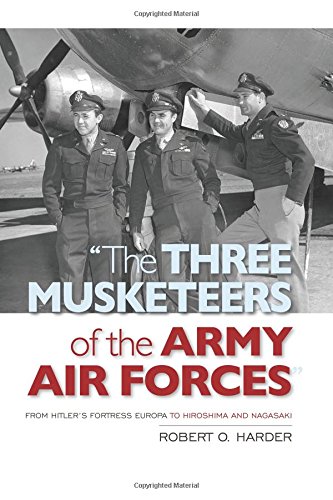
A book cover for "The Three Musketeers of the Army Air Forces": From Hitler's Fortress Europa to Hiroshima and Nagasaki; Robert O. Harder; Biographies & Memoirs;